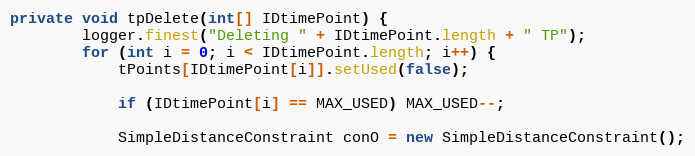
Language: Java
private void tpDelete(int[] IDtimePoint) {
		logger.finest("Deleting " + IDtimePoint.length + " TP");
		for (int i = 0; i < IDtimePoint.length; i++) {
			tPoints[IDtimePoint[i]].setUsed(false);

			if (IDtimePoint[i] == MAX_USED) MAX_USED--;

			SimpleDistanceConstraint conO = new SimpleDistanceConstraint();